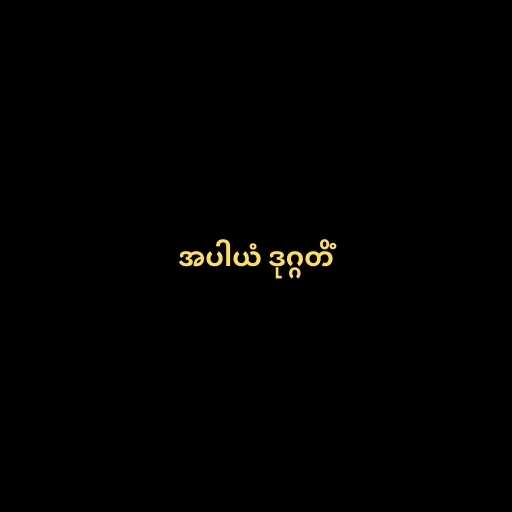
အပါယံ ဒုဂ္ဂတိံ